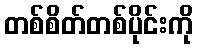
တစ်စိတ်တစ်ပိုင်းကို